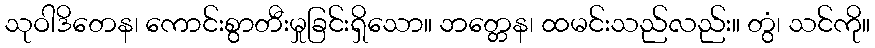
သုဝါဒိတေန၊ ကောင်းစွာတီးမှုခြင်းရှိသော။ ဘတ္တေန၊ ထမင်းသည်လည်း။ တွံ၊ သင်ကို။